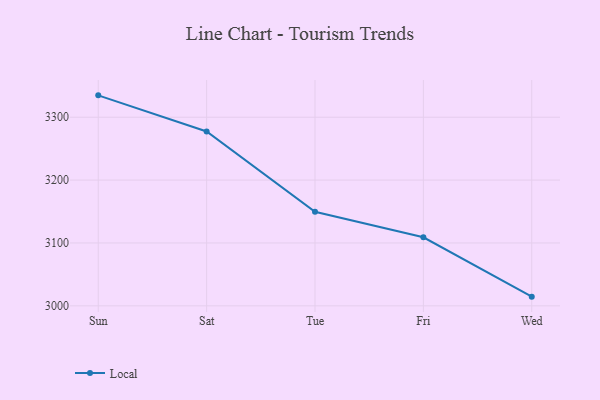
{"axis": {"x": "Day", "y": "Operating Costs (USD K)"}, "legend": ["Local"], "data": [{"x": "Sun", "y": 3334.8, "type": "Local"}, {"x": "Sat", "y": 3277.4, "type": "Local"}, {"x": "Tue", "y": 3149.6, "type": "Local"}, {"x": "Fri", "y": 3109.0, "type": "Local"}, {"x": "Wed", "y": 3014.6, "type": "Local"}]}